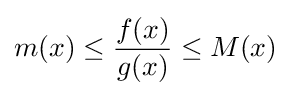
m(x)\leq {\frac {f(x)}{g(x)}}\leq M(x)